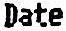
DATE